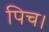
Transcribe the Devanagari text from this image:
पिच।